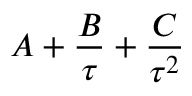
A + \frac { B } { \tau } + \frac { C } { \tau ^ { 2 } }